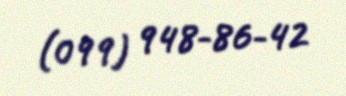
(099) 948-86-42